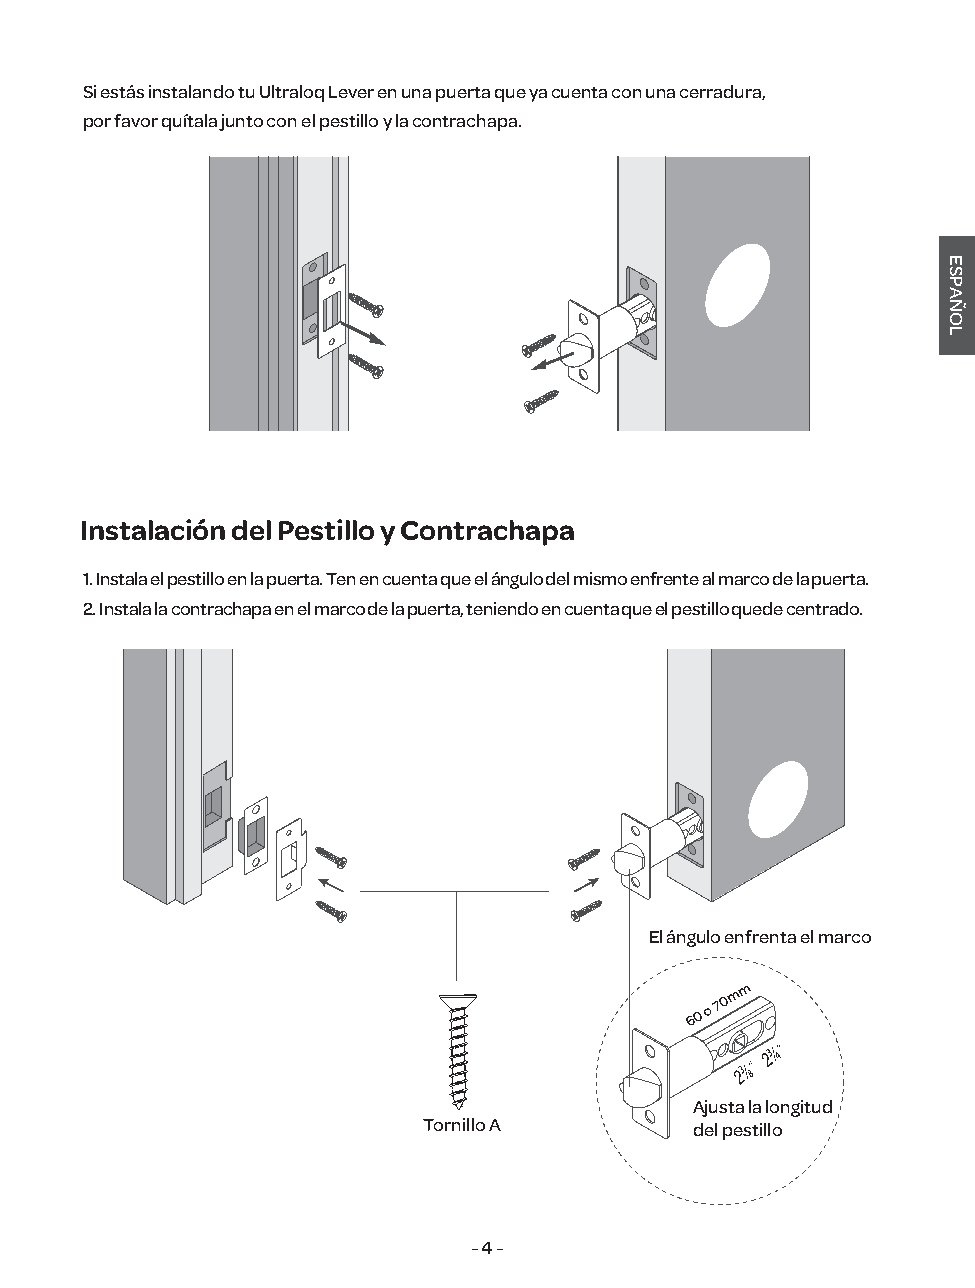
Si estás instalando tu Ultraloq Lever en una puerta que ya cuenta con una cerradura,
 por favor quítala junto con el pestillo y la contrachapa.
 Instalación del Pestillo y Contrachapa
 1. Instala el pestillo en la puerta. Ten en cuenta que el ángulo del mismo enfrente al marco de la puerta.
 2. Instala la contrachapa en el marco de la puerta, teniendo en cuenta que el pestillo quede centrado.
 El ángulo enfrenta el marco
 m
 m
 6 0 o 7 0
 Ajusta la longitud
 Tornillo A        del pestillo
 - 4 -
 ESPAÑOL